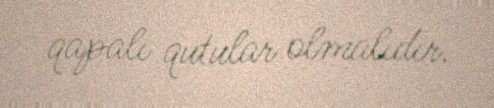
qapalı qutular olmalıdır.